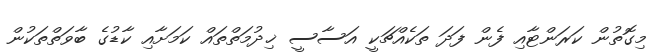
މިގޮތުން ކަރަންޓާއި ފެން ފަދަ ތަކެއްޗަކީ އަސާސީ ޚިދުމަތްތައް ކަމަށާއި ކާޑުގެ ބާވަތްތަކުން